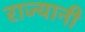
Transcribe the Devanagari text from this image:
राज्यानी